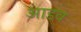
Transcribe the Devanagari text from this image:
आडव